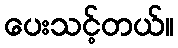
ပေးသင့်တယ်။